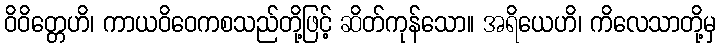
ဝိဝိတ္တေဟိ၊ ကာယဝိဝေကစသည်တို့ဖြင့် ဆိတ်ကုန်သော။ အရိယေဟိ၊ ကိလေသာတို့မှ